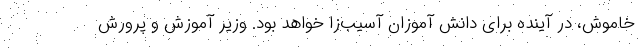
خاموش، در آینده برای دانش آموزان آسیب‌زا خواهد بود. وزیر آموزش و پرورش